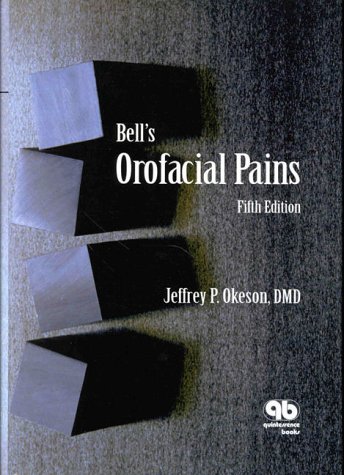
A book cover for Bell's Orofacial Pains; Jeffrey P. Okeson; Medical Books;